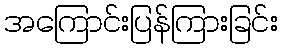
အကြောင်းပြန်ကြားခြင်း